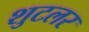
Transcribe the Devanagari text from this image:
शुटलर